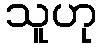
သူဟု